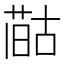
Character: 𪡻